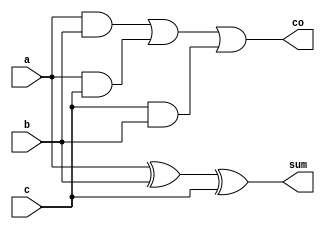
module  fao2(a,b,c,co,sum);
    input a,b,c;
    output  co,sum;
    reg co,sum,s0,s1,s2;
    always @(a,b,c)
    begin
    s0 <= a & b;
    s1 <= a & c;
    s2 <= c & b;
    co <= s0 | s1| s2;
    sum <= a ^ b ^ c;
	 end
    endmodule